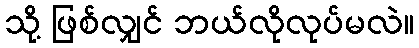
သို့ ဖြစ်လျှင် ဘယ်လိုလုပ်မလဲ။